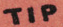
TIP